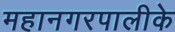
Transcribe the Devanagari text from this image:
महानगरपालीके